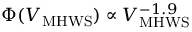
\Phi ( \ensuremath { V _ { \mathrm { M H W S } } } ) \propto \ensuremath { V _ { \mathrm { M H W S } } } ^ { - 1 . 9 }